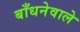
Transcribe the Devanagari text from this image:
बाँधनेवाले